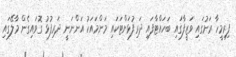
ފިރިމީހާ ރަށުގައި ވަޒީފާގައި ބަހައްޓާފައި ދަރިފުޅަށްޓަކައި މަންމައަކު އަންނަނީ ދަރިފުޅު ގޮވައިގެން މާލޭގައި